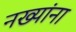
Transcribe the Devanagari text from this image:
नख्यांना